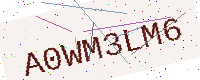
Text: A0WM3LM6